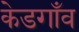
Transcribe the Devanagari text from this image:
केडगाँव